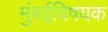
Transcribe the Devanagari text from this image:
मुंबईविषयक